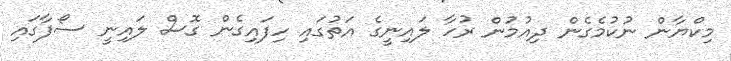
މިކްޔާން ނުކުމެގެން ދިއުމުން ރުހާ ލައިނީގެ އަތުގައި ހިފައިގެން ގޮސް ލައިނީ ސޯފާގައި